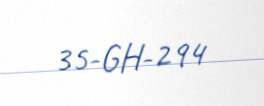
35-GH-294